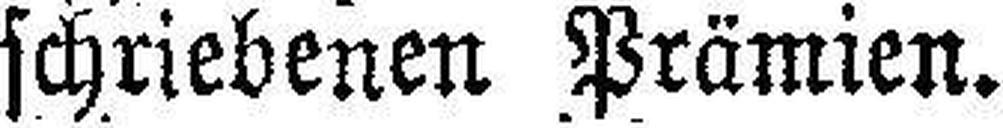
schriebenen Prämien.